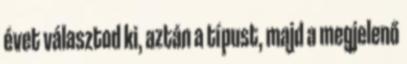
évet választod ki, aztán a típust, majd a megjelenő